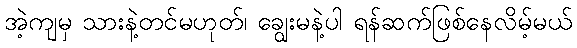
အဲ့ကျမှ သားနဲ့တင်မဟုတ်၊ ချွေးမနဲ့ပါ ရန်ဆက်ဖြစ်နေလိမ့်မယ်